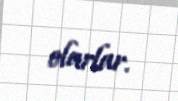
olarlar.